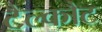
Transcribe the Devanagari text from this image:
टैल्कौट